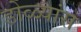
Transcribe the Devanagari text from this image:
डोळ्यांस